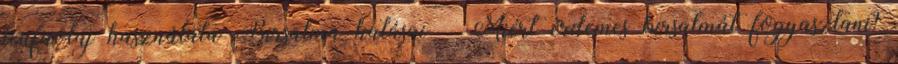
teafaolaj használata Birsalma hatásai – Miért érdemes birsalmát fogyasztani?